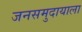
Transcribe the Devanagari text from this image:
जनसमुदायाला